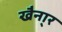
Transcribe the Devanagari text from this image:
खैना्र